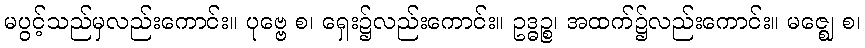
မပွင့်သည်မှလည်းကောင်း။ ပုဗ္ဗေ စ၊ ရှေး၌လည်းကောင်း။ ဥဒ္ဓဉ္စ၊ အထက်၌လည်းကောင်း။ မဇ္ဈေ စ၊